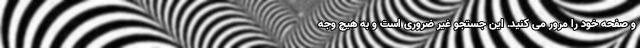
و صفحه خود را مرور می ‌کنید. این جستجو غیر ضروری است و به هیچ وجه